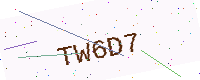
Text: TW6D7